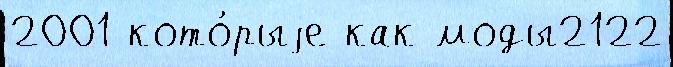
2001 кото́рыjе как моды2122